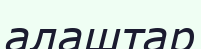
алаштар